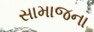
સામાજના